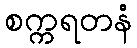
စက္ကရတနံ